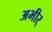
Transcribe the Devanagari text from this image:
अभीर्